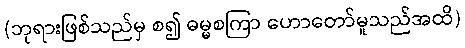
(ဘုရားဖြစ်သည်မှ စ၍ ဓမ္မစကြာ ဟောတော်မူသည်အထိ)